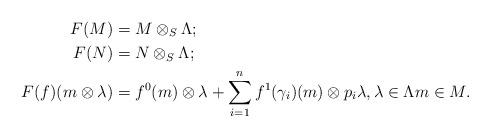
LaTeX: \begin{align*}F(M) &= M \otimes_S \Lambda;\\F(N) &= N \otimes_S \Lambda;\\F(f)(m \otimes \lambda) &= f^0(m)\otimes \lambda+ \sum_{i=1}^{n}f^1(\gamma _{i})(m) \otimes p_i \lambda, \lambda \in \Lambda m\in M.\end{align*}